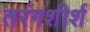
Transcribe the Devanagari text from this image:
तरंगशीर्श